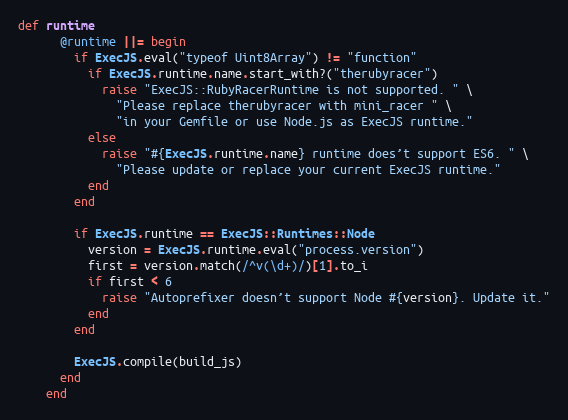
Language: Ruby
def runtime
      @runtime ||= begin
        if ExecJS.eval("typeof Uint8Array") != "function"
          if ExecJS.runtime.name.start_with?("therubyracer")
            raise "ExecJS::RubyRacerRuntime is not supported. " \
              "Please replace therubyracer with mini_racer " \
              "in your Gemfile or use Node.js as ExecJS runtime."
          else
            raise "#{ExecJS.runtime.name} runtime does’t support ES6. " \
              "Please update or replace your current ExecJS runtime."
          end
        end

        if ExecJS.runtime == ExecJS::Runtimes::Node
          version = ExecJS.runtime.eval("process.version")
          first = version.match(/^v(\d+)/)[1].to_i
          if first < 6
            raise "Autoprefixer doesn’t support Node #{version}. Update it."
          end
        end

        ExecJS.compile(build_js)
      end
    end